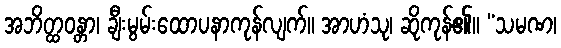
အဘိတ္ထဝန္တာ၊ ချီးမွမ်းထောပနာကုန်လျက်။ အာဟံသု၊ ဆိုကုန်၏။ “သမဏ၊